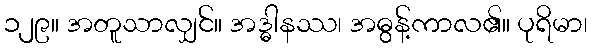
၁၂၉။ အတူသာလျှင်။ အဒ္ဓါနဿ၊ အဓွန့်ကာလ၏။ ပုရိမာ၊